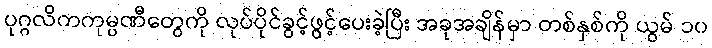
ပုဂ္ဂလိကကုမ္ပဏီတွေကို လုပ်ပိုင်ခွင့်ဖွင့်ပေးခဲ့ပြီး အခုအချိန်မှာ တစ်နှစ်ကို ယွမ် ၁၀